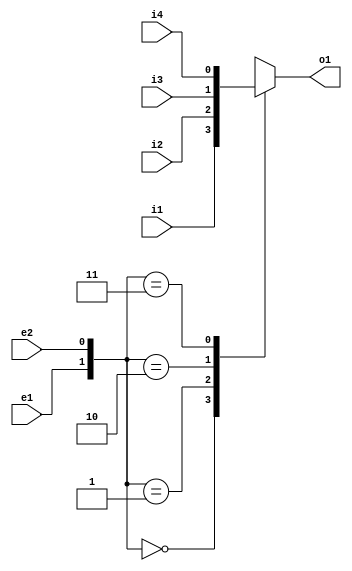
/***********************
*
* Jong-gyu Park
* pjk5401@gmail.com
* 2016/09/02
*
***********************/

module PNU_MUX4(i1, i2, i3, i4, e1, e2, o1);
    input i1, i2, i3, i4, e1, e2;
    output reg o1;
    always@(i1, i2, i3, i4, e1, e2)
        case({e1,e2})
            2'b00: o1 = i1;
            2'b01: o1 = i2;
            2'b10: o1 = i3;
            2'b11: o1 = i4;
        endcase
endmodule